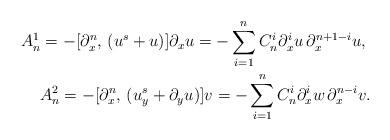
LaTeX: \begin{align*}A^1_n=-[\partial^n_x,\, (u^s + {u})] \partial_x u=-\sum_{i=1}^{n}C^i_n\partial_x^i {u} \, \partial^{n + 1 -i}_x {u}, \,\,\\A^2_n=-[\partial^n_x,\, (u^s_y + \partial_y {u})] {v}= -\sum_{i=1}^{n}C^i_n\partial_x^i {w} \,\partial^{n -i}_x {v}.\end{align*}